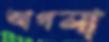
আগলা